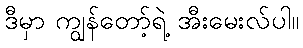
ဒီမှာ ကျွန်တော့်ရဲ့ အီးမေးလ်ပါ။